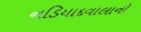
નડિયાદવાલાની